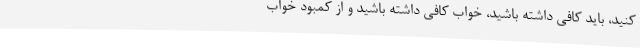
کنید، باید کافی داشته باشید، خواب کافی داشته باشید و از کمبود خواب